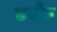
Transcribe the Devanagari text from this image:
डर्मौत